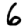
Digit: 6